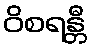
ဝိစရန္တီ